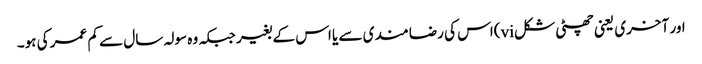
اور آخری یعنی چھٹی شکلvi)اس کی رضا مندی سے یا اس کے بغیر جبکہ وہ سولہ سال سے کم عمر کی ہو۔